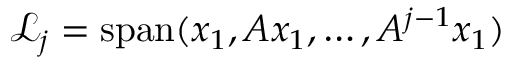
{ \mathcal { L } } _ { j } = \operatorname { s p a n } ( x _ { 1 } , A x _ { 1 } , \ldots , A ^ { j - 1 } x _ { 1 } )